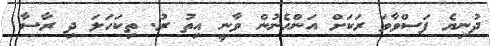
ދުނިޔެ ފަސްވާވަ ރަކަށް އަންހެނުން ވާނީ އިތު ރު. ތިކަހަލަ ދި ރާސާ